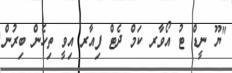
''ޔޫ ނީޑް ޓު އޯވާރ ކަމް ދެޓް ފިއާރ އިވީ ތިހެން ބިރުން